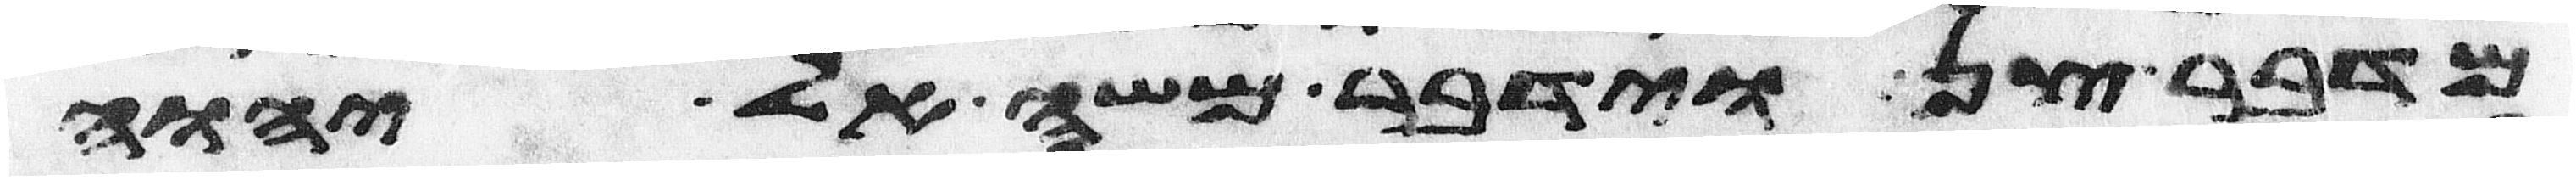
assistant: מדבר צן וידבר משה אל יהוה